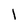
Character: 1